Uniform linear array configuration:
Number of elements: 64
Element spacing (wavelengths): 1
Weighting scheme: hann
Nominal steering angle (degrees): -15
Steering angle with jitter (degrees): -16.939
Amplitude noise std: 0.05
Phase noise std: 0.05

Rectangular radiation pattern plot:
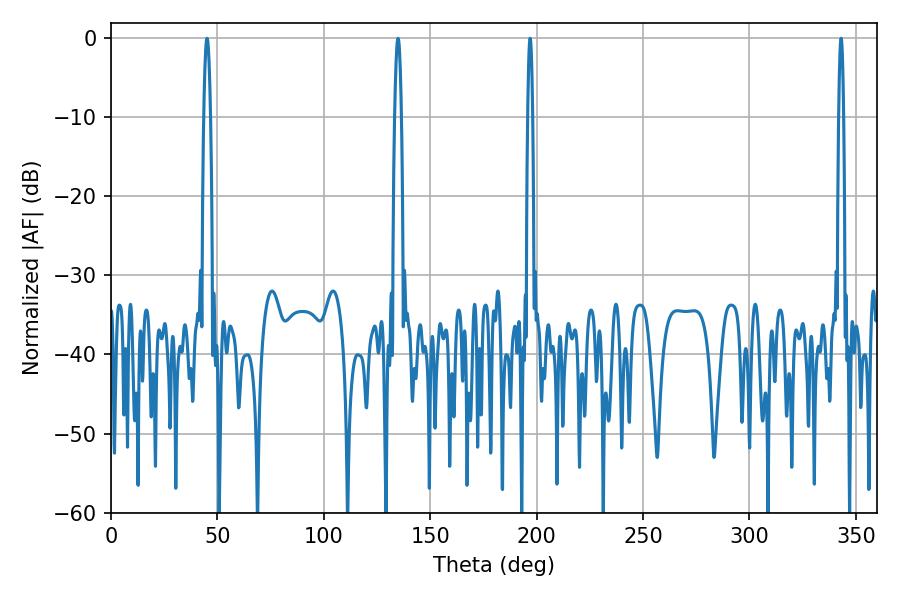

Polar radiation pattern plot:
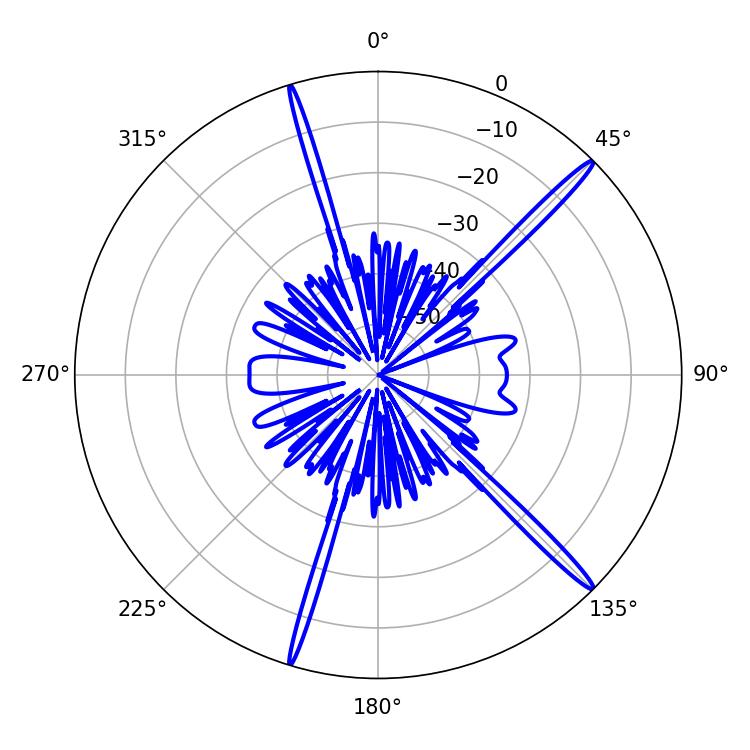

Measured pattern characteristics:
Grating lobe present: TRUE
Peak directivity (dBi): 17.779
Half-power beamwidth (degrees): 1.08
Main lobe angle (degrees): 196.92